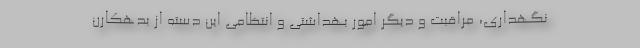
نگهداری، مراقبت و دیگر امور بهداشتی و انتظامی این دسته از بدهکارن